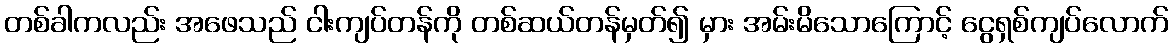
တစ်ခါကလည်း အဖေသည် ငါးကျပ်တန်ကို တစ်ဆယ်တန်မှတ်၍ မှား အမ်းမိသောကြောင့် ငွေရှစ်ကျပ်လောက်